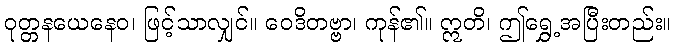
ဝုတ္တနယေနေဝ၊ ဖြင့်သာလျှင်။ ဝေဒိတဗ္ဗာ၊ ကုန်၏။ ဣတိ၊ ဤရွှေ့အပြီးတည်း။